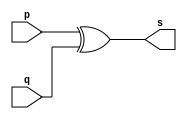
// -------------------
// Exemplo0005 - XOR
// Nome: Pedro Tronbin
// -------------------

// ------------------- 


// -------------------
// -- xor gate
// -------------------
 
module xorgate(output [0:3]s, input [0:3]p, input [0:3]q);
 assign s = p ^ q; // criar vinculo permanente
                   // (dependencia)
					
endmodule // xorgate


// -------------------
// -- test xorgate
// ------------------- 
module testxorgate;
// ------------------- dados locais

      reg [0:3]a, b;  // definir registrador
		           // (variavel independente)
		wire [0:3]s;    // definir conexao (fio)
		           // (variavel dependente)
// ------------------- instancia
      xorgate XOR1(s, a, b);
// ------------------- preparacao
      initial begin: start
		
		  a = 4'b0011;  // 4 valores binarios 
		  b = 4'b0101;  // 4 valores binarios
		
		end
		
// ------------------- parte principal		
      initial begin:main
		        // execucao unitaria
			$display("Exemplo 0005 - xxx yyy zzz - 999999");
			$display("Test XOR gate:");
			$display("\n a ^ b = s\n");
			$monitor("%b ^ %b = %b", a, b, s);
			#1 a=0; b=0;                   // valores decimais
			#1 a=4'b0010; b=4'b0001;       // valores binarios
			#1 a=4'd1; b=3;                // decimal e decimal
			#1 a=4'o5; b=2;                // octal e decimal
			#1 a=4'hA; b=3;                // hexadecimal e decimal
			#1 a=4'h9; b=4'o3;             // hexadecimal e octal
			
			end
			
			endmodule // testxorgate     	
			
			// ------------SAIDA
			
			// Exemplo 0005 - xxx yyy zzz - 999999
         // Test XOR gate:
    
         //        a ^ b= s
    
         //       0011 ^ 0101 = 0110
         //       0000 ^ 0000 = 0000
    		//       0010 ^ 0001 = 0011
   		//       0001 ^ 0011 = 0010
    		//       0101 ^ 0010 = 0111
   		//       1010 ^ 0011 = 1001
   		//       1001 ^ 1010 = 1010